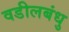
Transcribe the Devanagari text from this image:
वडीलबंधु